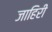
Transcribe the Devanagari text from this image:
जाहिरी